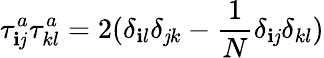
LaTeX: \tau_{\mathbf{i}\mathit{j}}^{a}\tau_{kl}^{a}=2(\delta_{\mathbf{i}l}\delta_{\mathit{j}k}-\frac{{1}}{{N}}\delta_{\mathbf{i}\mathit{j}}\delta_{kl})